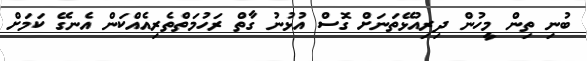
ބުނި ތިން މީހުން ދިރިއުޅޭތަނަށް ގޮސް އުޅުނު ގާތް ރަހުމަތްތެރިއެއްކަން އެނގޭ ކަމަށް